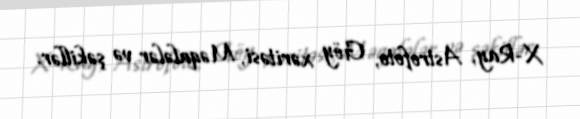
X-Ray, Astrofoto, Göy xəritəsi, Məqalələr və şəkillər.